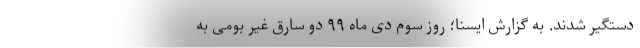
دستگیر شدند. به گزارش ایسنا؛ روز سوم دی ماه ۹۹ دو سارق غیر بومی به